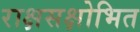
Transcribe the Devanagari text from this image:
राक्षसक्षोभित